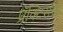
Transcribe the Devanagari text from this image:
प्रॅक्‍टिसचा